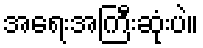
အရေးအကြီးဆုံးပဲ။